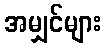
အမျှင်များ